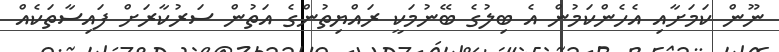
ނޫން ކަމަށާއި އެހެންކަމުން އެ ބިލުގެ ބޭނުމަކީ ރައްޔިތުންގެ އަތުން ސަރުކާރަށް ފައިސާތަކެއް